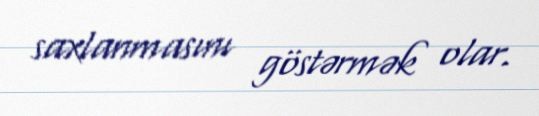
saxlanmasını göstərmək olar.